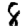
Digit: 8